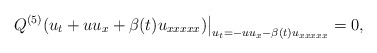
\begin{align*}Q^{(5)}(u_t+uu_x+\beta(t)u_{xxxxx})\big|_{u_t=-uu_x-\beta(t)u_{xxxxx}}=0,\end{align*}